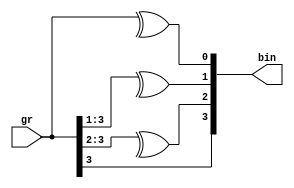
`timescale 1ns/1ps

// Convert gray encoding to binary
module iob_gray2bin #(
    parameter DATA_W = 4
    ) (
    input [DATA_W-1:0] gr,
    output [DATA_W-1:0] bin
    );

    genvar i;

    generate 
        for(i=0;i<DATA_W;i=i+1) begin : gen_bin
            assign bin[i] = ^gr[DATA_W-1:i];
        end
    endgenerate

endmodule